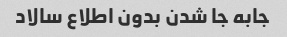
جابه جا شدن بدون اطلاع سالاد